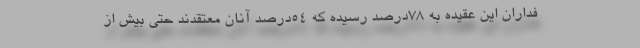
فداران این عقیده به ۷۸درصد رسیده که ۵۴درصد آنان معتقدند حتی بیش از